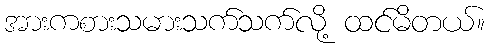
အားကစားသမားသက်သက်လို့ ထင်မိတယ်။